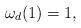
LaTeX: \begin{align*}\omega_{d}(1)=1,\end{align*}